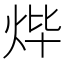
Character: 𤇹